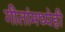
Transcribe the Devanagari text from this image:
गीतांमध्येही